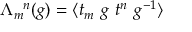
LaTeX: \Lambda _ { m } ^ { ~ ~ n } ( g ) = \langle t _ { m } ~ g ~ t ^ { n } ~ g ^ { - 1 } \rangle